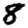
Digit: 8